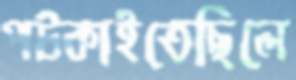
পট্‌কাইতেছিলে